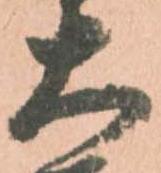
大